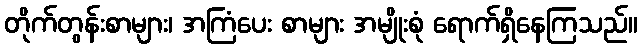
တိုက်တွန်းစာများ၊ အကြံပေး စာများ အမျိုးစုံ ရောက်ရှိနေကြသည်။